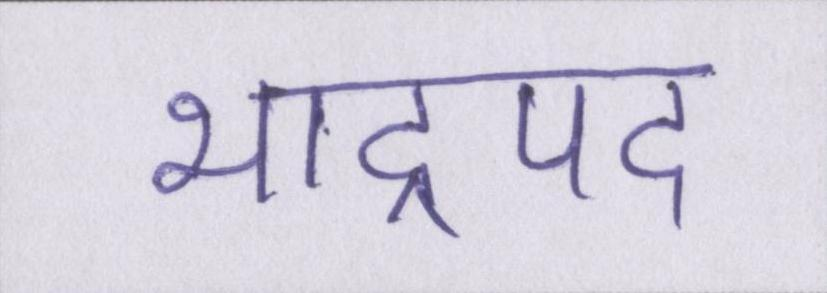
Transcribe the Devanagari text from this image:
भाद्रपद